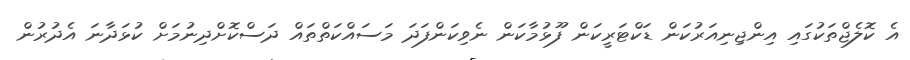
އެ ކޮލެޖްތަކުގައި އިންޖިނިއަރުކަން ޑަކްޓަރީކަން ފޫޅުމާކަން ނެވިކަންފަދަ މަސައްކަތްތައް ދަސްކޮށްދިނުމަށް ކުޅަދާނަ އެދުރުން